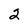
Character: 2